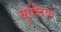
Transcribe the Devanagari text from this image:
बुर्यतिया